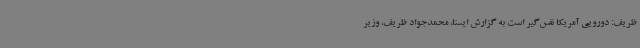
ظریف: دورویی آمریکا نفس‌گیر است به گزارش ایسنا، محمدجواد ظریف، وزیر